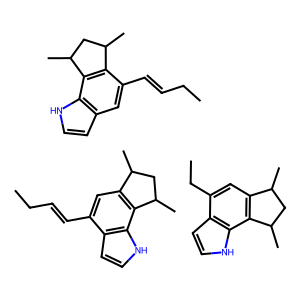
SMILES: CCC=Cc1cc2c(c3[nH]ccc13)C(C)CC2C.CCC=Cc1cc2cc[nH]c2c2c1C(C)CC2C.CCc1cc2c(c3[nH]ccc13)C(C)CC2C
Inhibits HIV replication: No